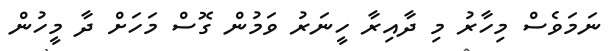
ނަމަވެސް މިހާރު މި ދާއިރާ ހީނަރު ވަމުން ގޮސް މަހަށް ދާ މީހުން